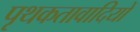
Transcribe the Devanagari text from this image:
पृथकतावादियों